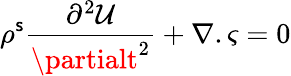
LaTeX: \rho^{\mathsf{s}}\frac{{\partial^{2}\mathcal{{U}}}}{{\partialt^{2}}}+\nabla.{\varsigma}=0